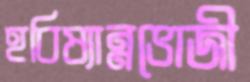
হবিষ্যান্নভোজী